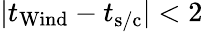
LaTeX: |t_{\mathrm{Wind}}-t_{\mathrm{s/c}}|<2